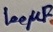
Text: 100µF